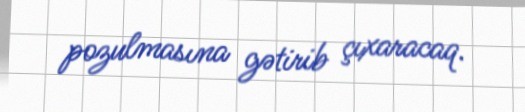
pozulmasına gətirib çıxaracaq.